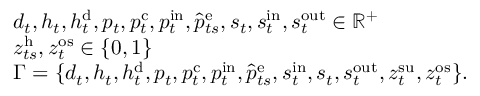
\begin{array} { r l } & { d _ { t } , h _ { t } , h _ { t } ^ { \mathrm { { d } } } , p _ { t } , p _ { t } ^ { \mathrm { c } } , p _ { t } ^ { \mathrm { { i n } } } , \hat { p } _ { t s } ^ { \mathrm { e } } , s _ { t } , s _ { t } ^ { \mathrm { { i n } } } , s _ { t } ^ { \mathrm { o u t } } \in \mathbb { R } ^ { + } } \\ & { z _ { t s } ^ { \mathrm { { h } } } , z _ { t } ^ { \mathrm { o s } } \in \{ 0 , 1 \} } \\ & { \Gamma = \{ d _ { t } , h _ { t } , h _ { t } ^ { \mathrm { { d } } } , p _ { t } , p _ { t } ^ { \mathrm { c } } , p _ { t } ^ { \mathrm { { i n } } } , \hat { p } _ { t s } ^ { \mathrm { e } } , s _ { t } ^ { \mathrm { { i n } } } , s _ { t } , s _ { t } ^ { \mathrm { o u t } } , z _ { t } ^ { \mathrm { { s u } } } , z _ { t } ^ { \mathrm { o s } } \} . } \end{array}